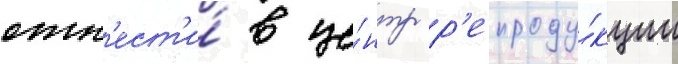
отн'ест'и́ в це́нтр р'епроду́кции